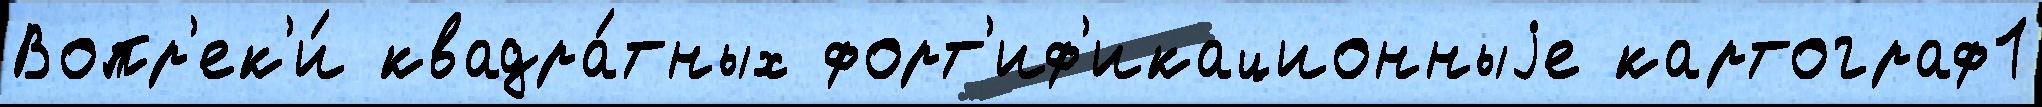
Вопр'ек'и́ квадра́тных форт'иф'икационныjе картограф1